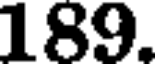
189.